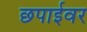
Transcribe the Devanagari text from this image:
छपाईवर